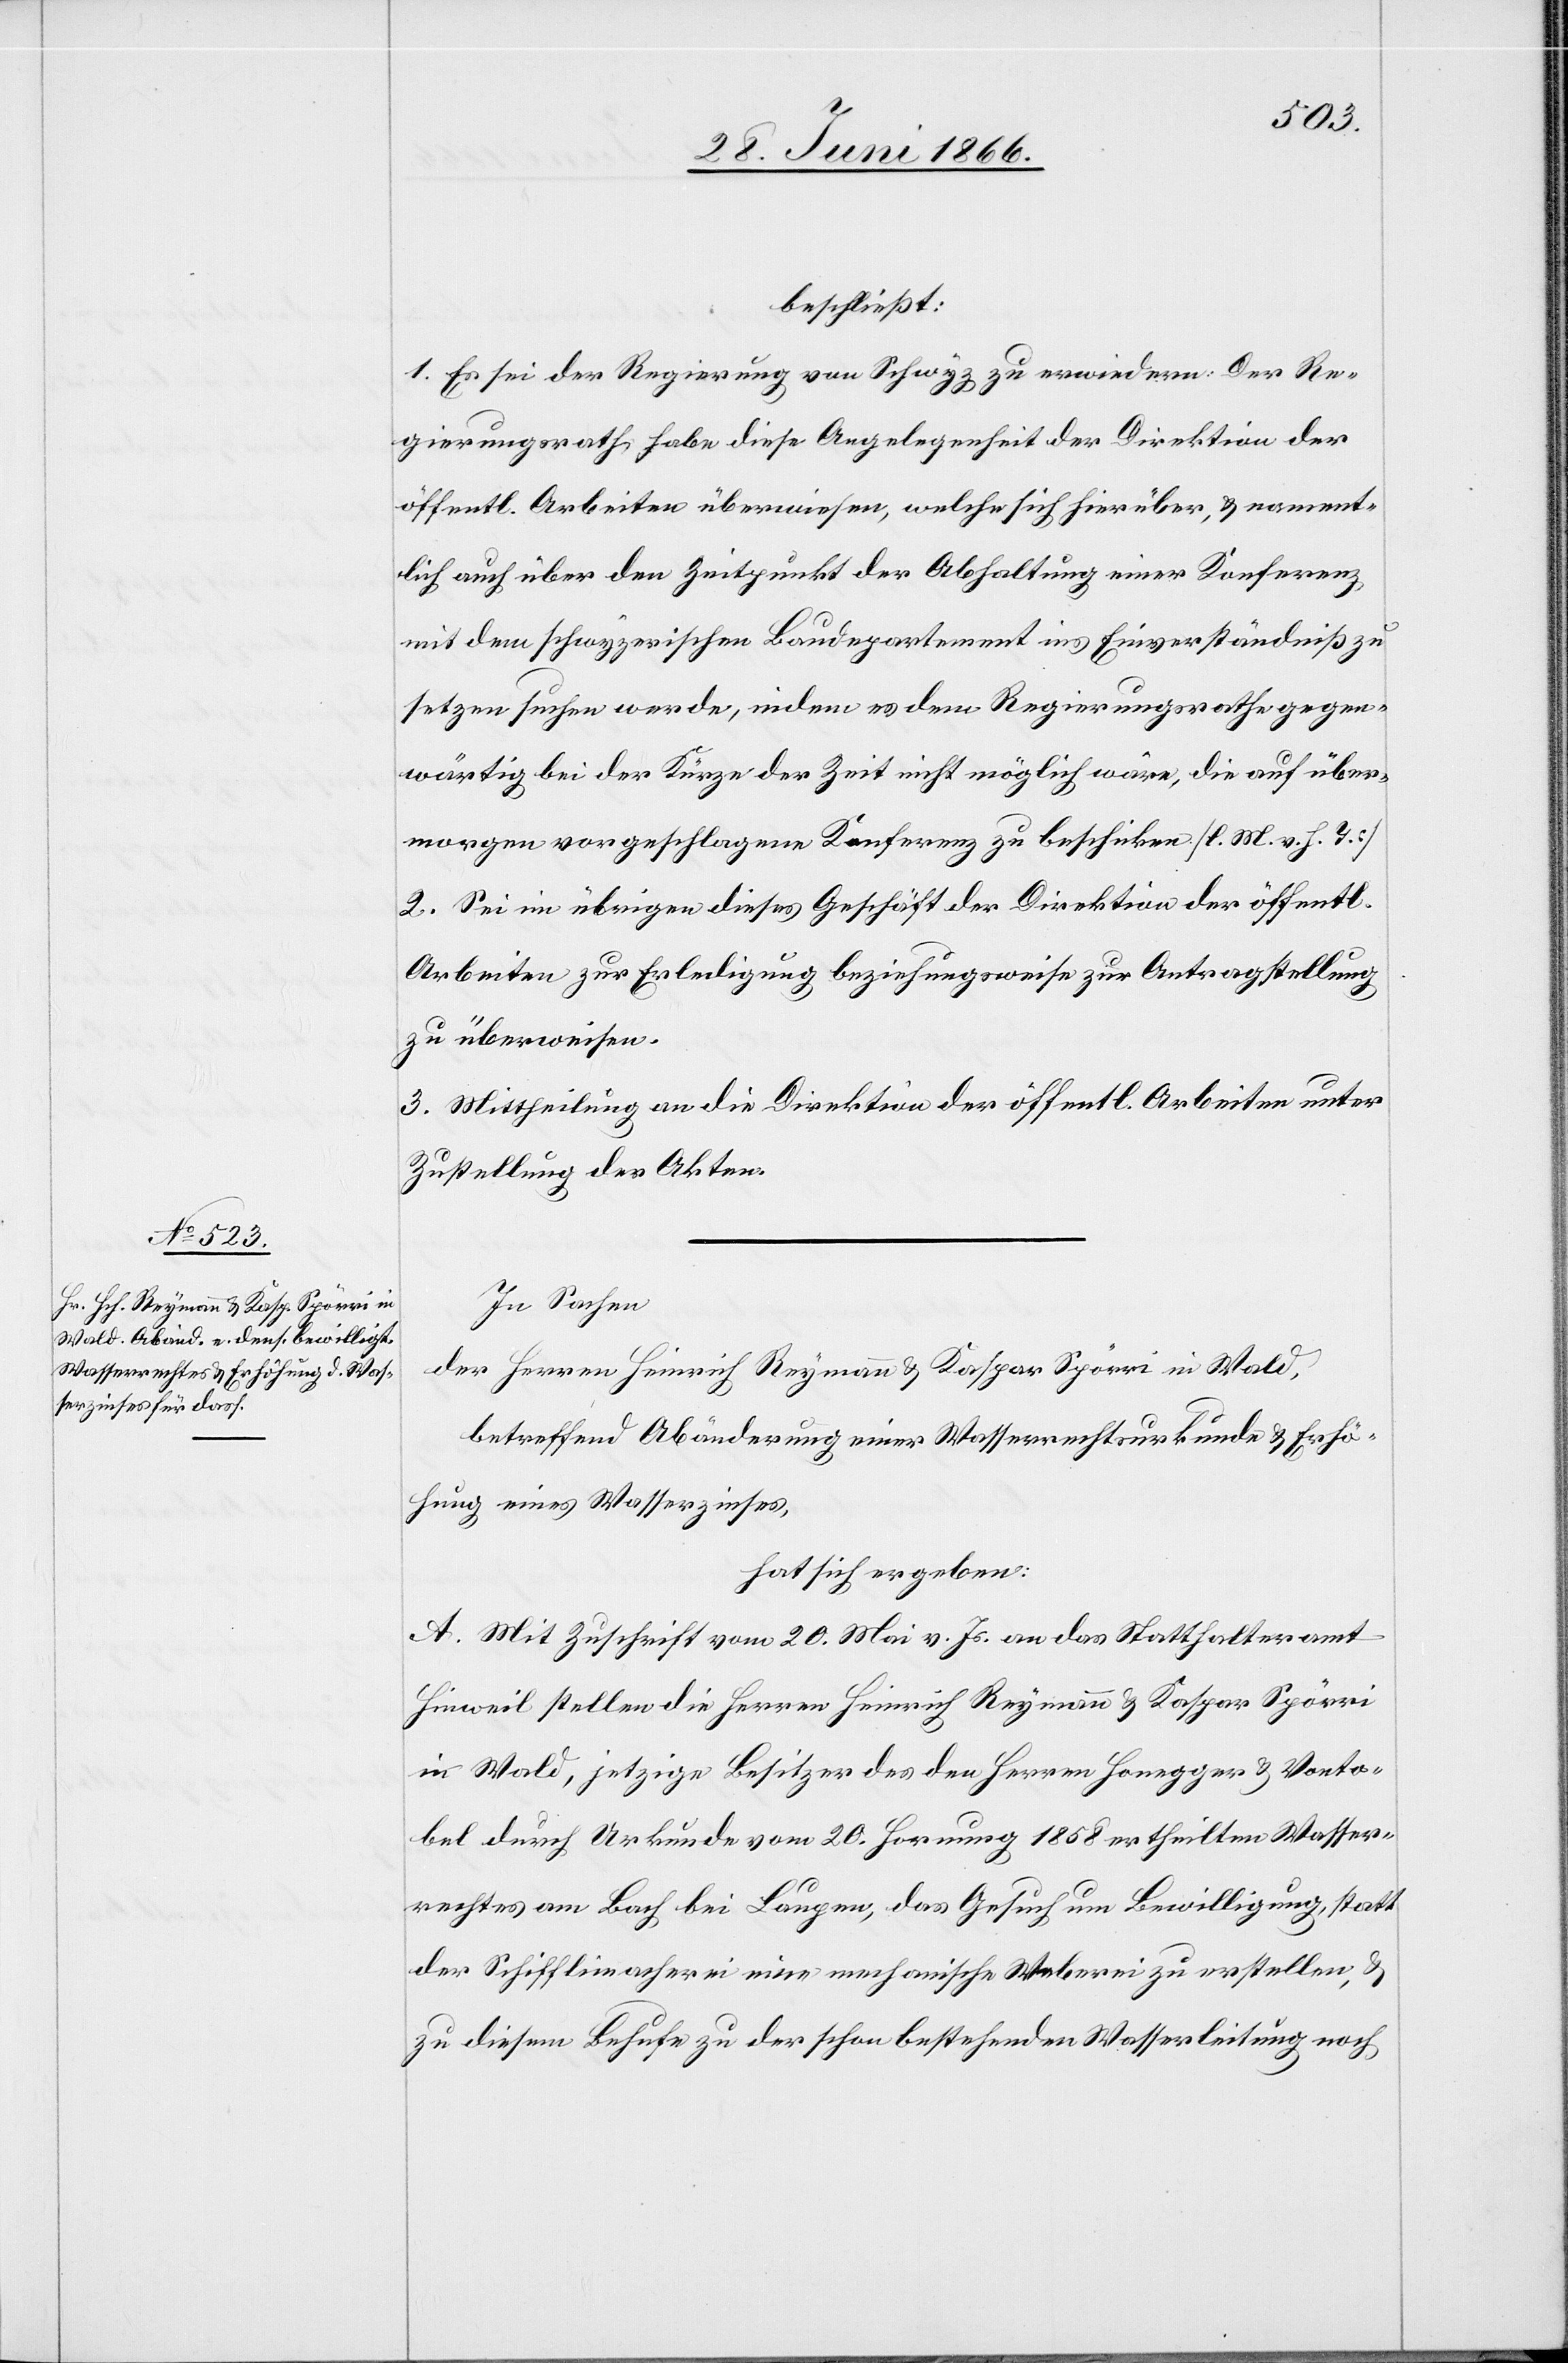
beschließt:
1. Es sei der Regierung von Schwyz zu erwiedern: Der Re¬
gierungsrath habe diese Angelegenheit der Direktion der
öffentl. Arbeiten überwiesen, welche sich hierüber, u. nament¬
lich auch über den Zeitpunkt der Abhaltung einer Konferenz
mit dem schwyzerischen Baudepartement ins Einverständniß zu
setzen suchen werde, indem es dem Regierungsrathe gegen¬
wärtig bei der Kürze der Zeit nicht möglich wäre, die auf über¬
morgen vorgeschlagene Konferenz zu beschicken. [l. M. v. h. T.]
2. Sei im übrigen dieses Geschäft der Direktion der öffentl.
Arbeiten zur Erledigung beziehungsweise Antragstellung
zu überweisen.
3. Mittheilung an die Direktion der öffentl. Arbeiten unter
Zustellung der Akten.
In Sachen
der Herren Heinrich Reymann u. Kaspar Spörri in Wald,
betreffend Abänderung einer Wasserrechtsurkunde u. Erhö¬
hung eines Wasserzinses,
hat sich ergeben:
A. Mit Zuschrift vom 20. Mai v. Js. an das Statthalteramt
Hinweil stellen die Herren Heinrich Reymann u. Kaspar Spörri
in Wald, jetzige Besitzer des den Herrn Honegger u. Vonto¬
bel durch Urkunde vom 20. Hornung 1858 ertheilten Wasser¬
rechtes am Bach bei Laupen, das Gesuch um Bewilligung, statt
der Schifflimacherei eine mechanische Weberei zu erstellen, u.
zu diesem Behufe zu der schon bestehenden Wasserleitung noch